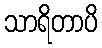
သာရိတာပိ